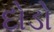
દોડો